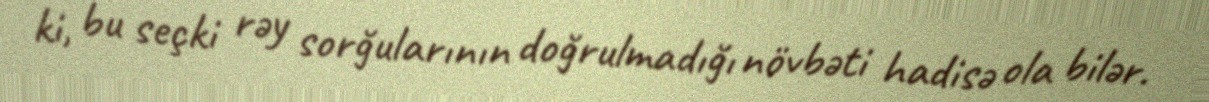
ki, bu seçki rəy sorğularının doğrulmadığı növbəti hadisə ola bilər.